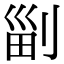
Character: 㓯